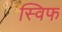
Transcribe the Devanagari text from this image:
स्विफ